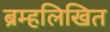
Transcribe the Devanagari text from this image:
ब्रम्हलिखित